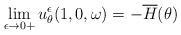
LaTeX: \begin{align*} \lim_{\epsilon\to 0+}u_\theta^\epsilon(1,0,\omega)= -\overline{H}(\theta) \end{align*}